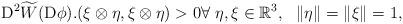
LaTeX: \begin{align*}{\rm D}^2\widetilde{W}({\rm D}\phi).(\xi\otimes\eta,\xi\otimes\eta)>0\forall\ \eta, \xi\in \mathbb{R}^3, \ \ \lVert \eta\rVert=\lVert \xi\rVert=1,\end{align*}